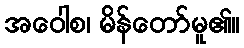
အဝေါစ၊ မိန်တော်မူ၏။